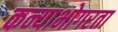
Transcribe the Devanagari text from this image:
कन्याभोगरता